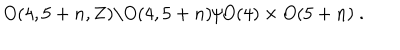
LaTeX: O ( 4 , 5 + n , { \bf Z } ) \backslash O ( 4 , 5 + n ) / O ( 4 ) \times O ( 5 + n ) \ .